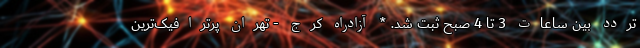
تردد بین ساعات 3 تا 4 صبح ثبت شد. * آزادراه کرج - تهران پرترافیک‌ترین